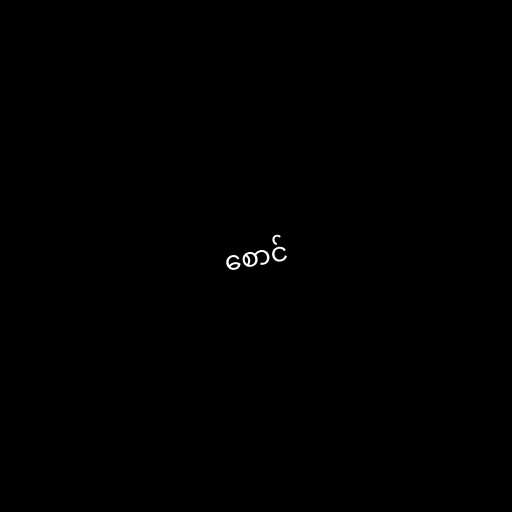
စောင်